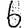
Digit: 6